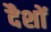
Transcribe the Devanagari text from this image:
दैशों